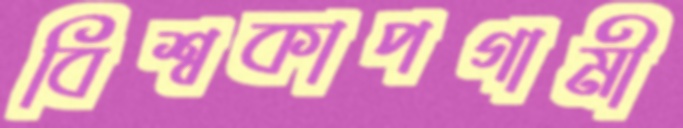
বিশ্বকাপগামী